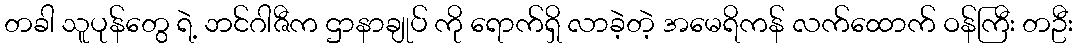
တခါ သူပုန်တွေ ရဲ့ ဘင်ဂါဇီက ဌာနာချုပ် ကို ရောက်ရှိ လာခဲ့တဲ့ အမေရိကန် လက်ထောက် ဝန်ကြီး တဦး